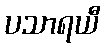
ပသာရယီ